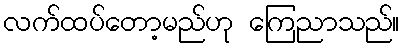
လက်ထပ်တော့မည်ဟု ကြေညာသည်။